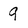
Character: 9